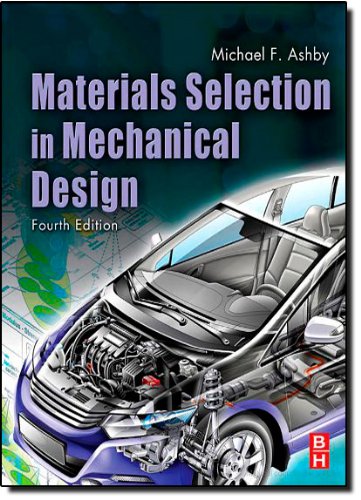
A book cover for Materials Selection in Mechanical Design, Fourth Edition; Michael F. Ashby; Engineering & Transportation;